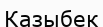
Казыбек